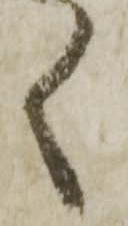
く